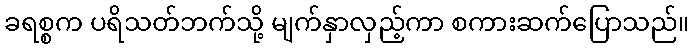
ခရစ္စက ပရိသတ်ဘက်သို့ မျက်နှာလှည့်ကာ စကားဆက်ပြောသည်။